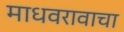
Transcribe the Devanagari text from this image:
माधवरावाचा